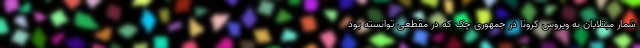
شمار مبتلایان به ویروس کرونا در جمهوری چک که در مقطعی توانسته بود